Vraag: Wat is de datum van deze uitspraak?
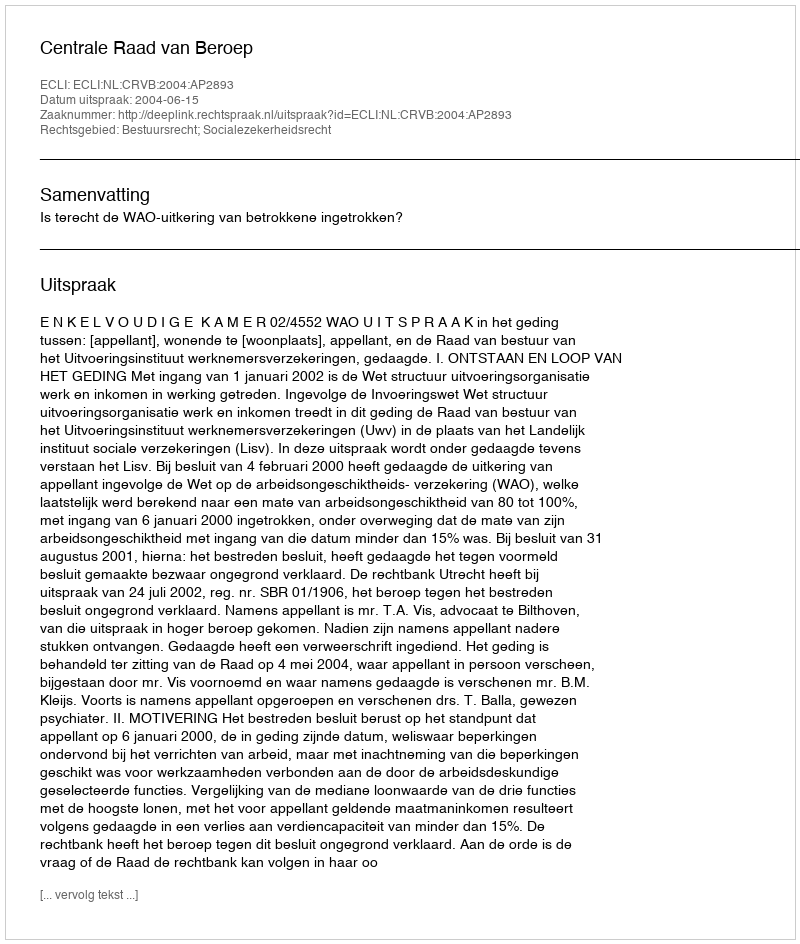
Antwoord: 2004-06-15